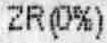
ZR(0%)